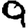
Digit: 9